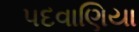
પદવાણિયા